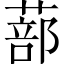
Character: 蔀